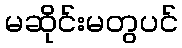
မဆိုင်းမတွပင်